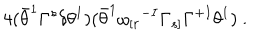
LaTeX: 4 ( \bar { \theta } ^ { 1 } \Gamma ^ { s } \delta \theta ^ { 1 } ) ( \bar { \theta } ^ { 1 } \omega _ { [ r } { } ^ { - I } \Gamma _ { s ] } \Gamma ^ { + I } \theta ^ { 1 } ) ~ .